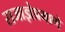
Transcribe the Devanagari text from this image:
राजाज्ञेप्रमाणे